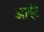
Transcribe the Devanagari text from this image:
आएंट